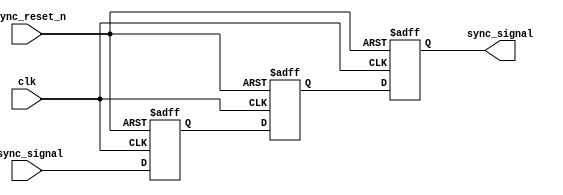
module meta_stability_filter (
    input wire clk,              // Clock signal
    input wire async_signal,     // Asynchronous input signal
    input wire async_reset_n,    // Asynchronous active-low reset
    output reg sync_signal        // Synchronized output signal
);

    // Internal signals for the flip-flops
    reg ff1, ff2;

    // Asynchronous reset and flip-flop logic
    always @(posedge clk or negedge async_reset_n) begin
        if (!async_reset_n) begin
            ff1 <= 1'b0;  // Reset FF1 to known state
            ff2 <= 1'b0;  // Reset FF2 to known state
            sync_signal <= 1'b0; // Reset output
        end else begin
            ff1 <= async_signal; // Sample async_signal into FF1
            ff2 <= ff1;          // Sample FF1 output into FF2
            sync_signal <= ff2;  // Output the value of FF2
        end
    end

endmodule